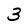
Character: 3